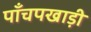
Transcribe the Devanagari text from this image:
पाँचपखाड़ी